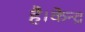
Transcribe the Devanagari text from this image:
है।केन्द्र